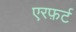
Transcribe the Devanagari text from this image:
एरफ़र्ट